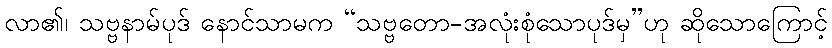
လာ၏၊ သဗ္ဗနာမ်ပုဒ် နောင်သာမက “သဗ္ဗတော-အလုံးစုံသောပုဒ်မှ”ဟု ဆိုသောကြောင့်